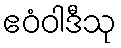
ဧဝံဝါဒီသု